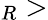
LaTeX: _R>